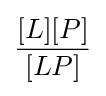
{\frac {[L][P]}{[LP]}}